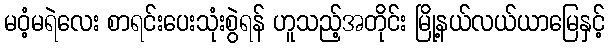
မဝံ့မရဲလေး စာရင်းပေးသုံးစွဲရန် ဟူသည့်အတိုင်း မြို့နယ်လယ်ယာမြေနှင့်